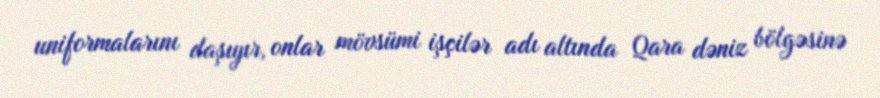
uniformalarını daşıyır, onlar mövsümi işçilər adı altında Qara dəniz bölgəsinə